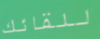
للقائك